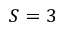
S = 3